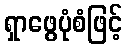
ရှာဖွေပုံစံဖြင့်